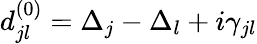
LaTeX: d_{jl}^{(0)}=\Delta_{j}-\Delta_{l}+i\gamma_{jl}